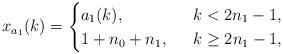
LaTeX: \begin{align*}x_{a_1}(k)=\begin{cases} a_1(k), \ & \ k< 2n_1-1,\\1+n_0+n_1, \ & \ k\ge 2n_1-1,\end{cases}\end{align*}